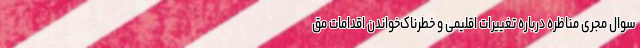
سوال مجری مناظره درباره تغییرات اقلیمی و خطرناک‌خواندن اقدامات مق